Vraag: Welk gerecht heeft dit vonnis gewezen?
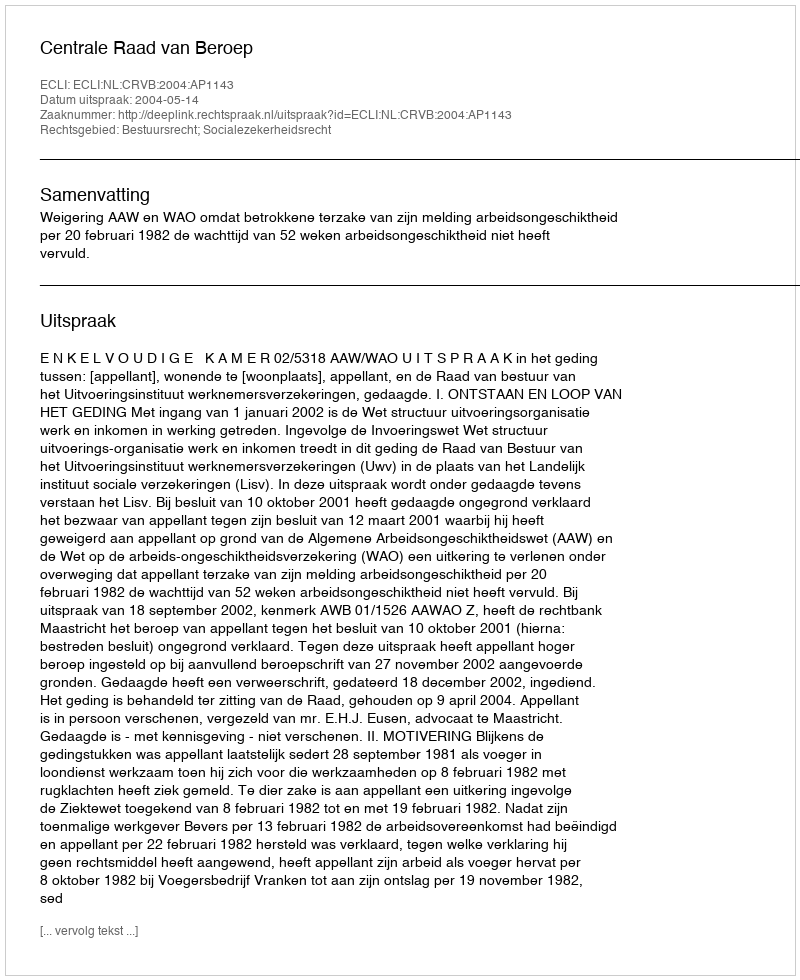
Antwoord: Centrale Raad van Beroep